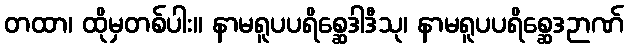
တထာ၊ ထိုမှတစ်ပါး။ နာမရူပပရိစ္ဆေဒါဒီသု၊ နာမရူပပရိစ္ဆေဒဉာဏ်